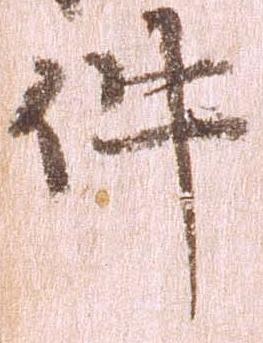
件